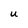
Character: U